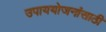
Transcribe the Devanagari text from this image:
उपाययोजनांसाठी